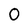
Character: O